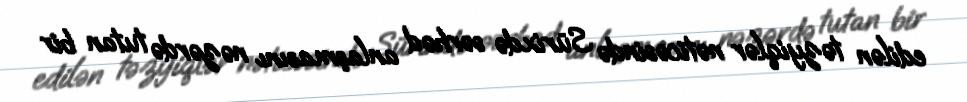
edilən təzyiqlər nəticəsində Sürixdə sərhəd anlaşmasını nəzərdə tutan bir